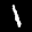
Label: 1